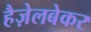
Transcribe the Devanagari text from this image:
हैज़ेलबेकर